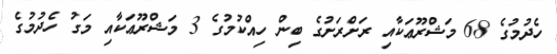
ހެދުމުގެ 68 މަޝްރޫޢަކާއި ރަށްރަށުގެ ބިން ހިއްކުމުގެ 3 މަޝްރޫޢަކާއި މަގު ހެދުމުގެ